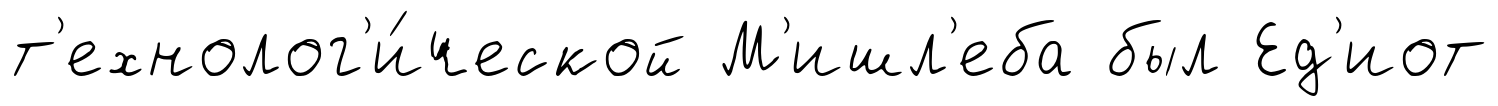
т'ехнолог'и́ческой М'ишл'еба был Ед'иот